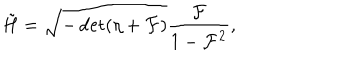
{ \tilde { H } } = \sqrt { - \det ( \eta + { \cal F } ) } \frac { { \cal F } } { 1 - { \cal F } ^ { 2 } } ,